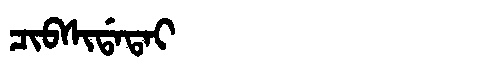
Manchu: ᠴᡳᠪᠰᡳᡩᠠᡨᠠᡳ
Romanization: CIBSIDATAI